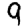
Digit: 9